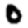
Digit: 0